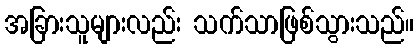
အခြားသူများလည်း သက်သာဖြစ်သွားသည်။